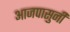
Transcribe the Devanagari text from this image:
आजपासुनी